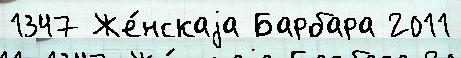
1347 Же́нскаjа Барбара 2011